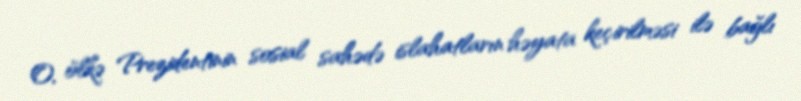
O, ölkə Prezidentinin sosial sahədə islahatların həyata keçirilməsi ilə bağlı